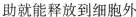
助就能释放到细胞外